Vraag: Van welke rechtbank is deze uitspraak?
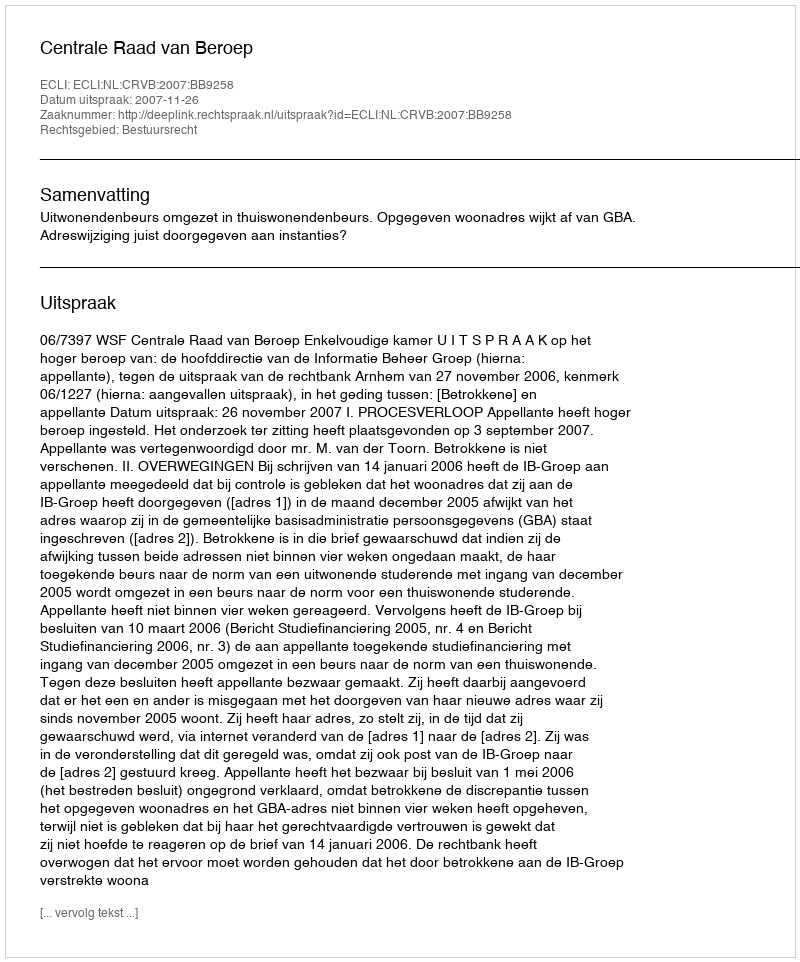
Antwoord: Centrale Raad van Beroep